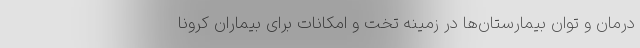
درمان و توان بیمارستان‌ها در زمینه تخت و امکانات برای بیماران کرونا